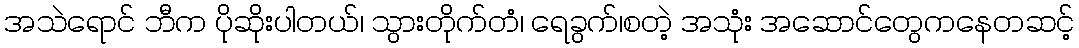
အသဲရောင် ဘီက ပိုဆိုးပါတယ်၊ သွားတိုက်တံ၊ ရေခွက်၊စတဲ့ အသုံး အဆောင်တွေကနေတဆင့်